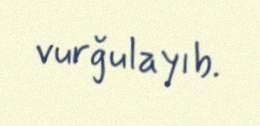
vurğulayıb.